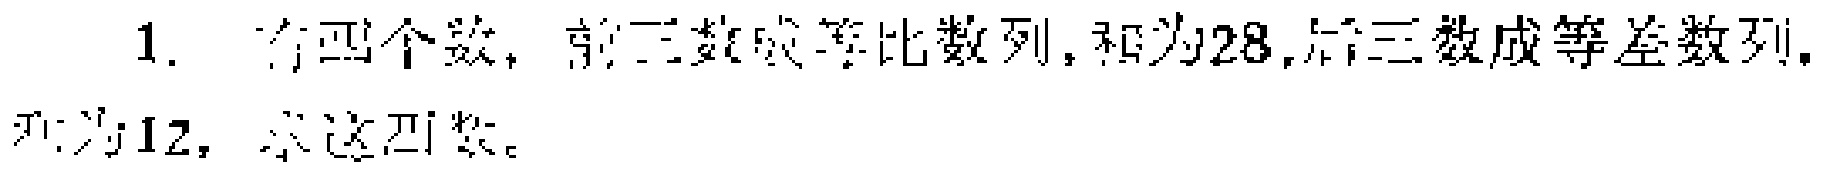
1. 有四个数，前三数成等比数列，和为28，后三数成等差数列，和为12，求这四数。